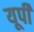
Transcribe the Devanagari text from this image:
यूर्पी